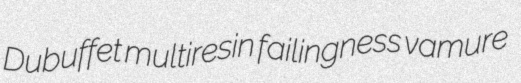
Dubuffet multiresin failingness vamure